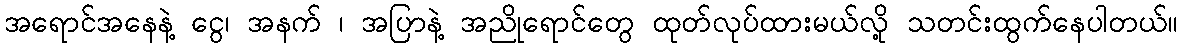
အရောင်အနေနဲ့ ငွေ၊ အနက် ၊ အပြာနဲ့ အညိုရောင်တွေ ထုတ်လုပ်ထားမယ်လို့ သတင်းထွက်နေပါတယ်။